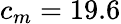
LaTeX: c_{m}=19.6